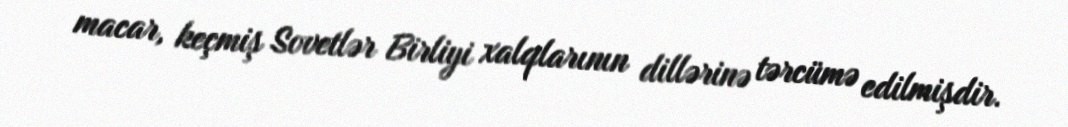
macar, keçmiş Sovetlər Birliyi xalqlarının dillərinə tərcümə edilmişdir.